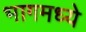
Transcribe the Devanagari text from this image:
भागमध्ये